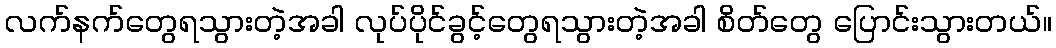
လက်နက်တွေရသွားတဲ့အခါ လုပ်ပိုင်ခွင့်တွေရသွားတဲ့အခါ စိတ်တွေ ပြောင်းသွားတယ်။